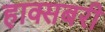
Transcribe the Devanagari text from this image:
हाक्सबरी